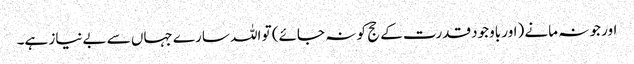
اور جو نہ مانے (اور باوجود قدرت کے حج کو نہ جائے) تو اللہ سارے جہاں سے بےنیاز ہے۔